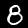
Digit: 8